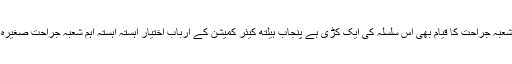
پاکستان طبی کانفرنس شعبہ جراحت کا قیام بھی اس سلسلہ کی ایک کڑی ہے پنجاب ہیلتھ کیئر کمیشن کے ارباب اختیار آہستہ آہستہ اہم شعبہ جراحت صغیرہ کو تسلیم کر رہے ہیں ۔